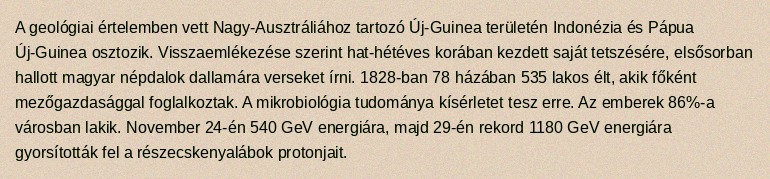
A geológiai értelemben vett Nagy-Ausztráliához tartozó Új-Guinea területén Indonézia és Pápua Új-Guinea osztozik. Visszaemlékezése szerint hat-hétéves korában kezdett saját tetszésére, elsősorban hallott magyar népdalok dallamára verseket írni. 1828-ban 78 házában 535 lakos élt, akik főként mezőgazdasággal foglalkoztak. A mikrobiológia tudománya kísérletet tesz erre. Az emberek 86%-a városban lakik. November 24-én 540 GeV energiára, majd 29-én rekord 1180 GeV energiára gyorsították fel a részecskenyalábok protonjait.